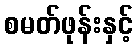
စမတ်ဖုန်းနှင့်